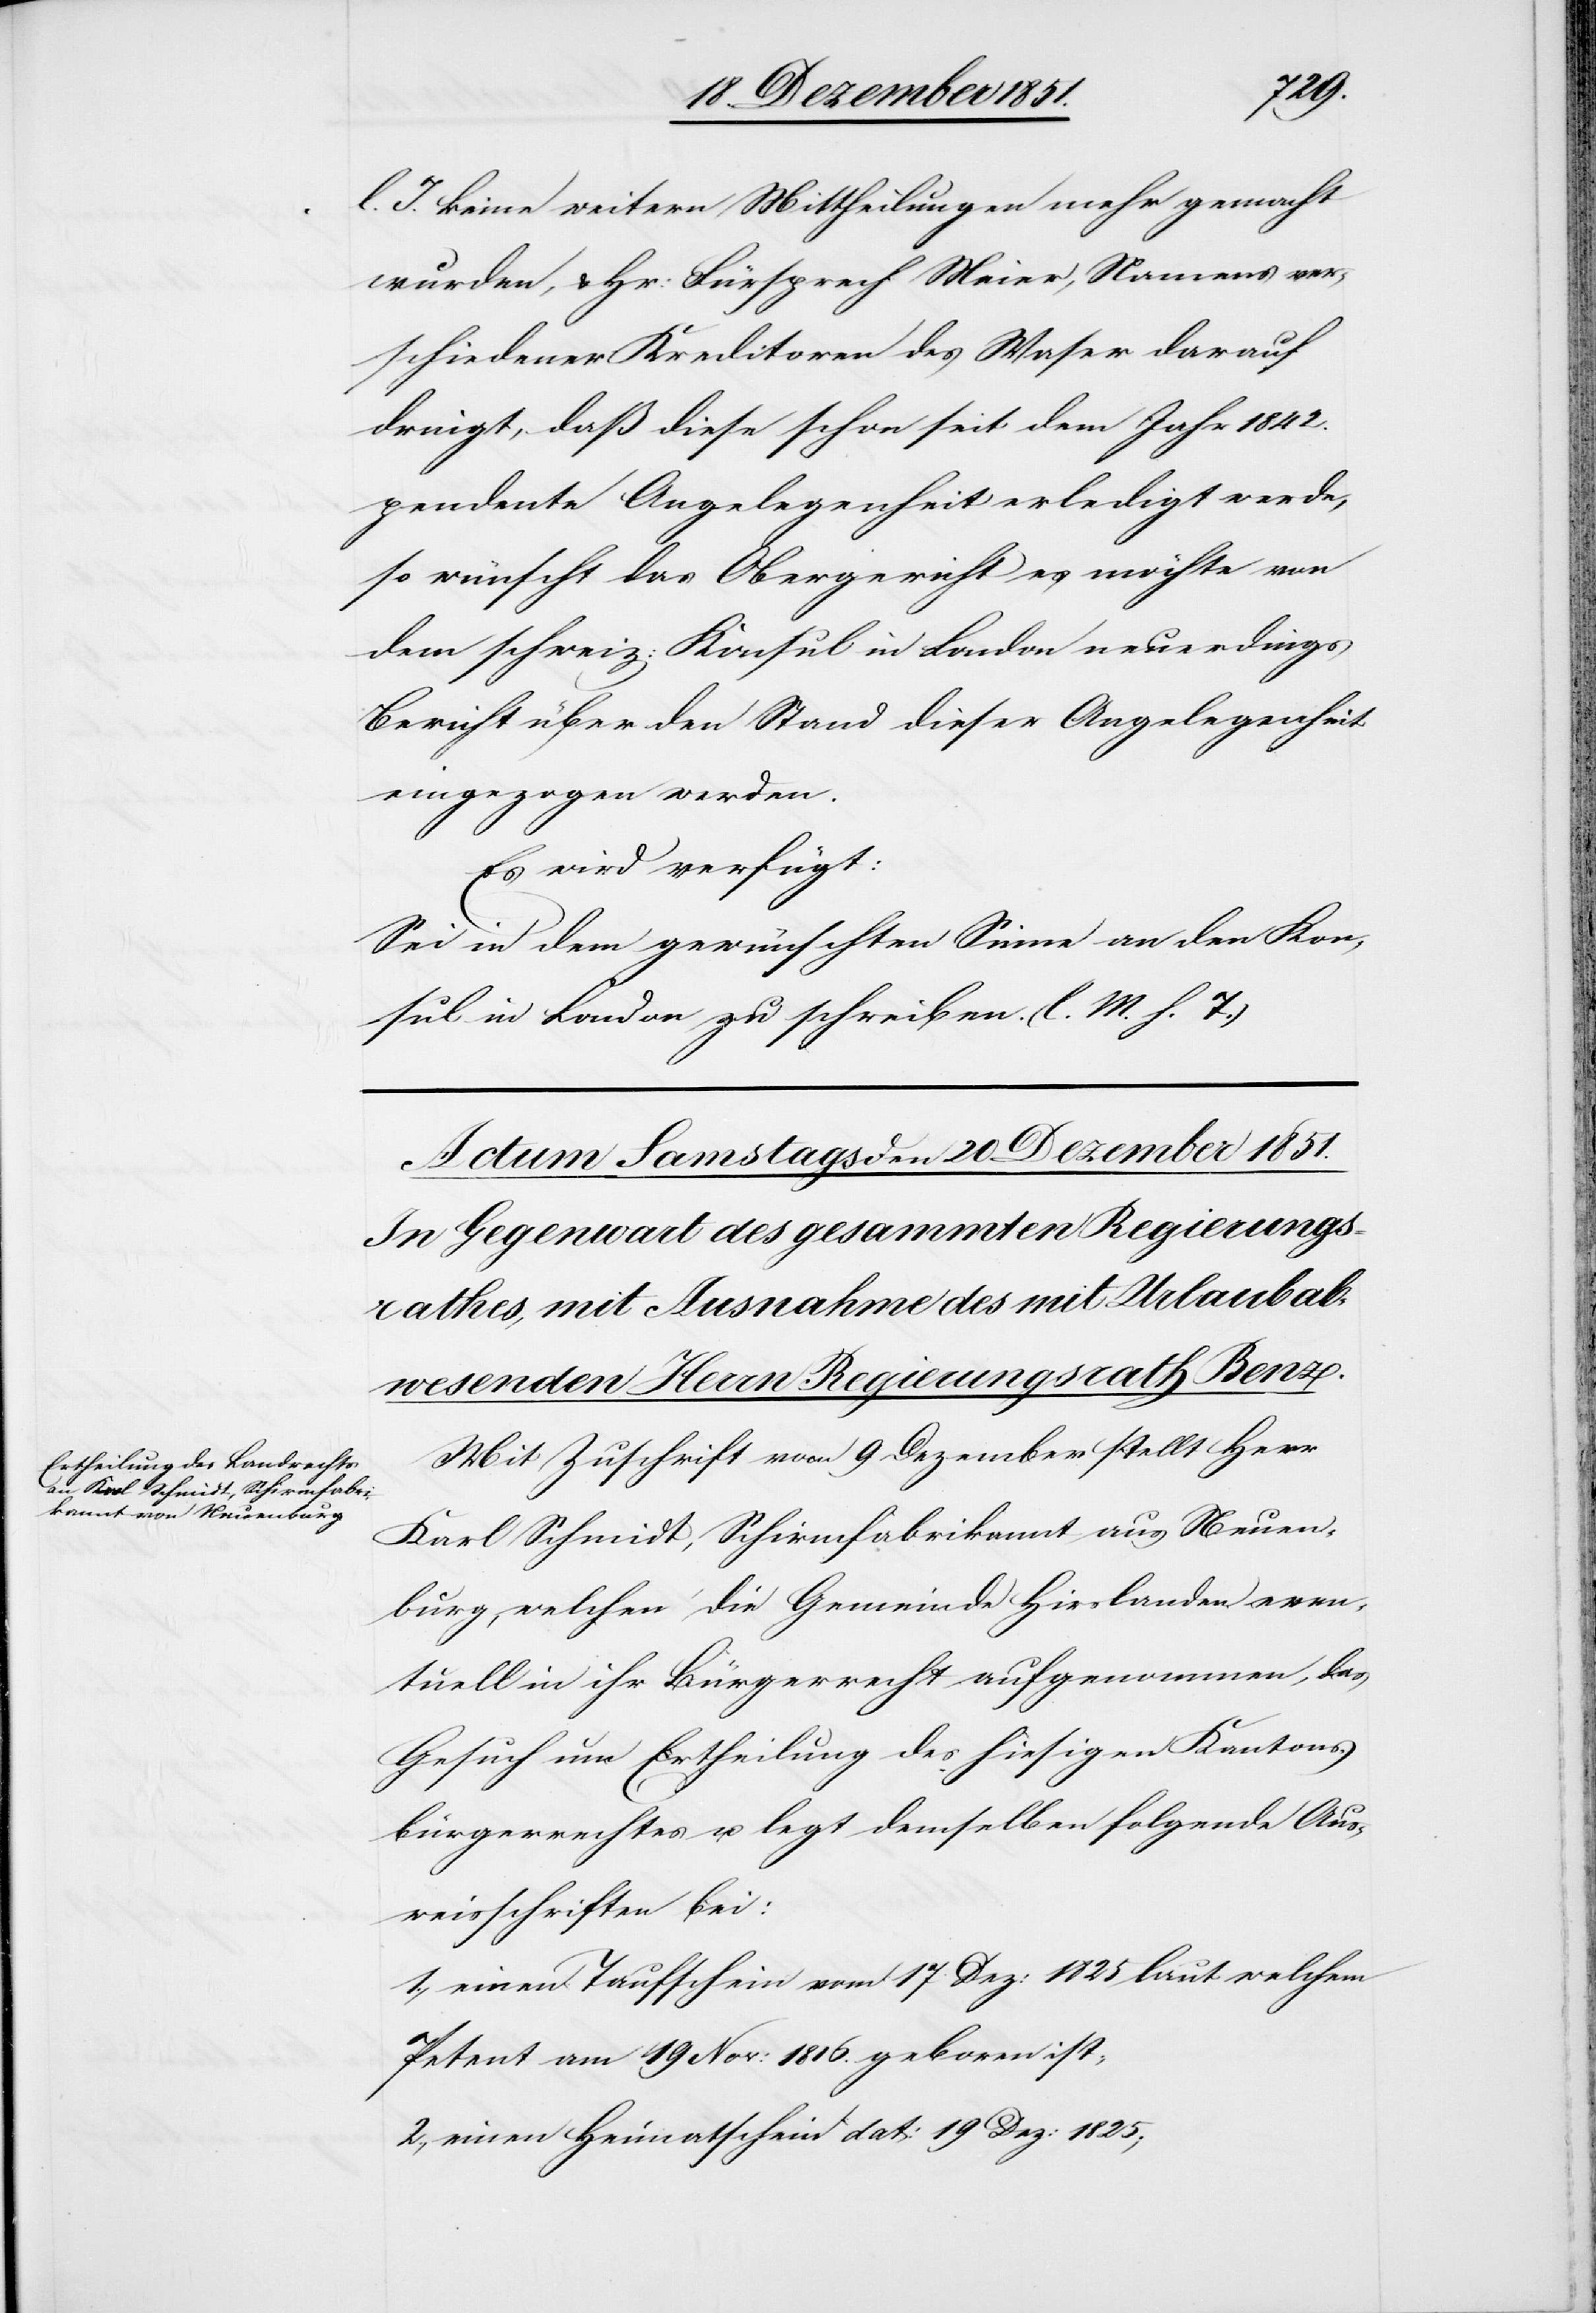
l. J. keine weitern Mittheilungen mehr gemacht
wurden, & Hr: Fürsprech Meier, Namens ver¬
schiedener Kreditoren des Waser darauf
dringt, daß diese schon seit dem Jahr 1842.
pendente Angelegenheit erledigt werde,
so wünscht das Obergericht es möchte von
dem schweiz: Konsul in London neuerdings
Bericht über den Stand dieser Angelegenheit
eingezogen werden.
Es wird verfügt:
Sei in dem gewünschten Sinne an den Kon¬
sul in London zu schreiben. (l. M. h. T.)
Mit Zuschrift vom 9 Dezember stellt Herr
Karl Schmidt, Schirmfabrikannt aus Neuen¬
burg, welchen die Gemeinde Hirslanden even¬
tuell in ihr Bürgerrecht aufgenommen, das
Gesuch um Ertheilung des hiesigen Kantons¬
bürgerrechtes u. legt demselben folgende Aus¬
weisschriften bei:
einen Taufschein vom 17 Dez: 1825 laut welchem
Petent am 19 Nov: 1816. geboren ist;
einen Heimatschein dat: 19 Dez: 1825;